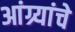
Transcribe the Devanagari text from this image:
आंग्र्यांचे